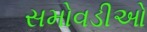
સમોવડીઓ